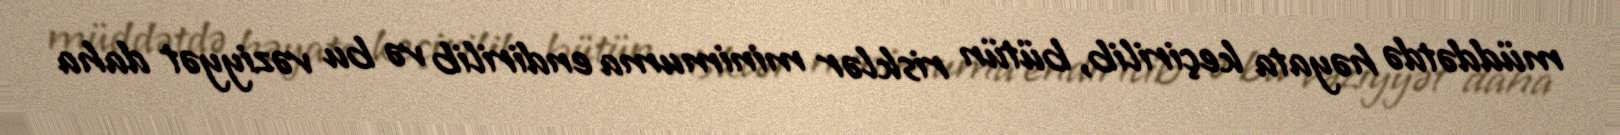
müddətdə həyata keçirilib, bütün risklər minimuma endirilib və bu vəziyyət daha